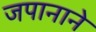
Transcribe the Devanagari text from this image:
जपानाने